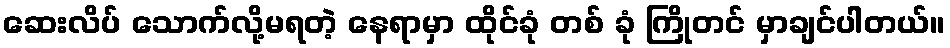
ဆေးလိပ် သောက်လို့မရတဲ့ နေရာမှာ ထိုင်ခုံ တစ် ခုံ ကြိုတင် မှာချင်ပါတယ်။